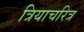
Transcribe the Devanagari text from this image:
त्रियाचरित्र